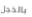
بالخجل